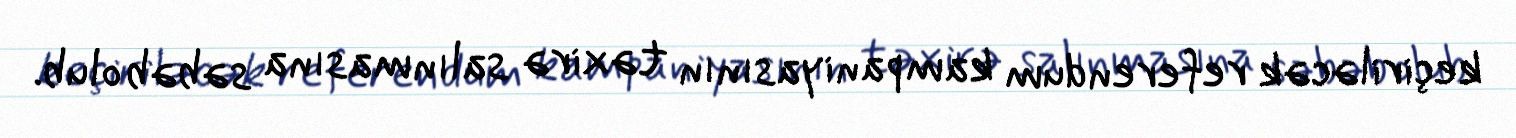
keçiriləcək referendum kampaniyasının təxirə salınmasına səbəb olub.